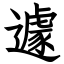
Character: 遽